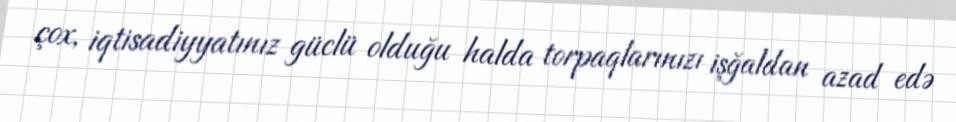
çox, iqtisadiyyatınız güclü olduğu halda torpaqlarınızı işğaldan azad edə